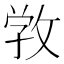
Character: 𢽑